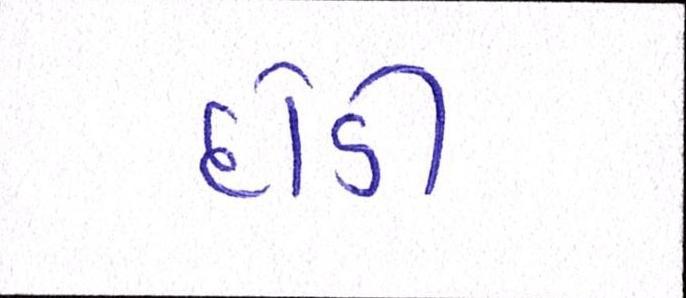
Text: દોડી